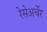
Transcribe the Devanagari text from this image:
रेसेअर्चेर